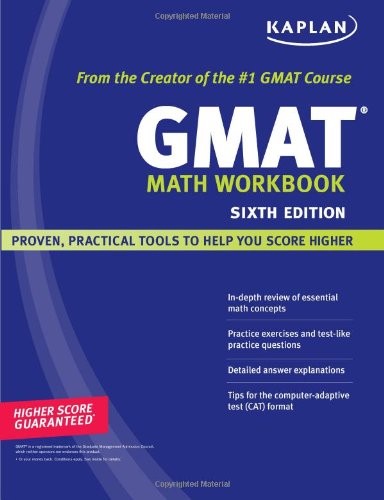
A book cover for Kaplan GMAT Math Workbook; Kaplan; Test Preparation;